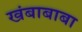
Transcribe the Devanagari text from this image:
खंबाबाबा